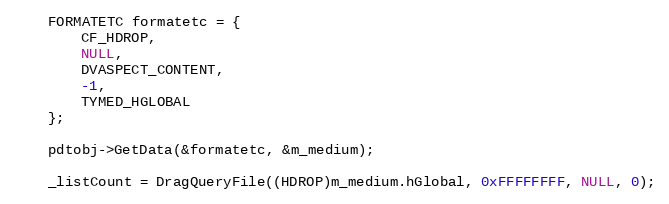
Language: C++
    FORMATETC formatetc = {
        CF_HDROP,
        NULL,
        DVASPECT_CONTENT,
        -1,
        TYMED_HGLOBAL
    };

    pdtobj->GetData(&formatetc, &m_medium);

    _listCount = DragQueryFile((HDROP)m_medium.hGlobal, 0xFFFFFFFF, NULL, 0);